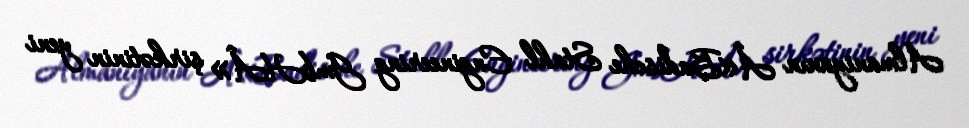
Almaniyanın Â«Badische Stahl Engineering GmbHÂ» şirkətinin yeni